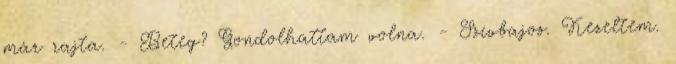
már rajta. - Beteg? Gondolhattam volna. - Szívbajos. Kezeltem.